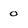
Character: 0